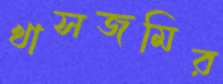
খাসজমির